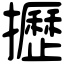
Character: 攊